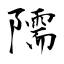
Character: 隭